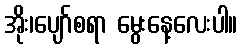
အိုး၊ပျော်စရာ မွေးနေ့လေးပါ။